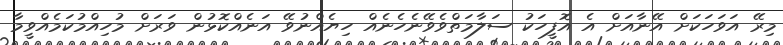
މިރޭ އަވަހަކަށް އޭނާއަށް އެ އޮފީހަކު ސަލާމަތްވެވޭނެހެނެއް ހިޔެއްނުވޭ އަނެއްކޮޅުން ވަރަށް މުހިއްމުކަމެއްވީމާ